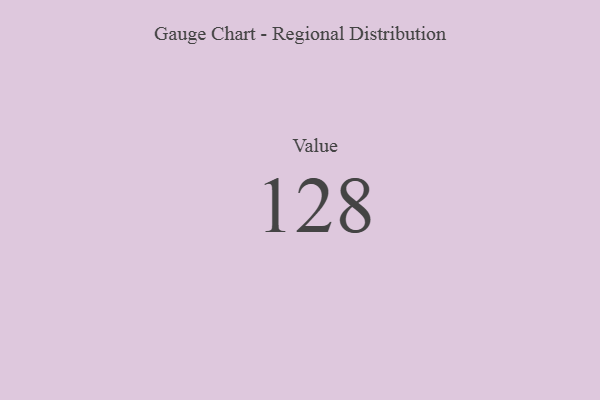
{"axis": {"x": "Metric", "y": "Value"}, "legend": [""], "data": [{"x": "Value", "y": 128, "type": ""}]}